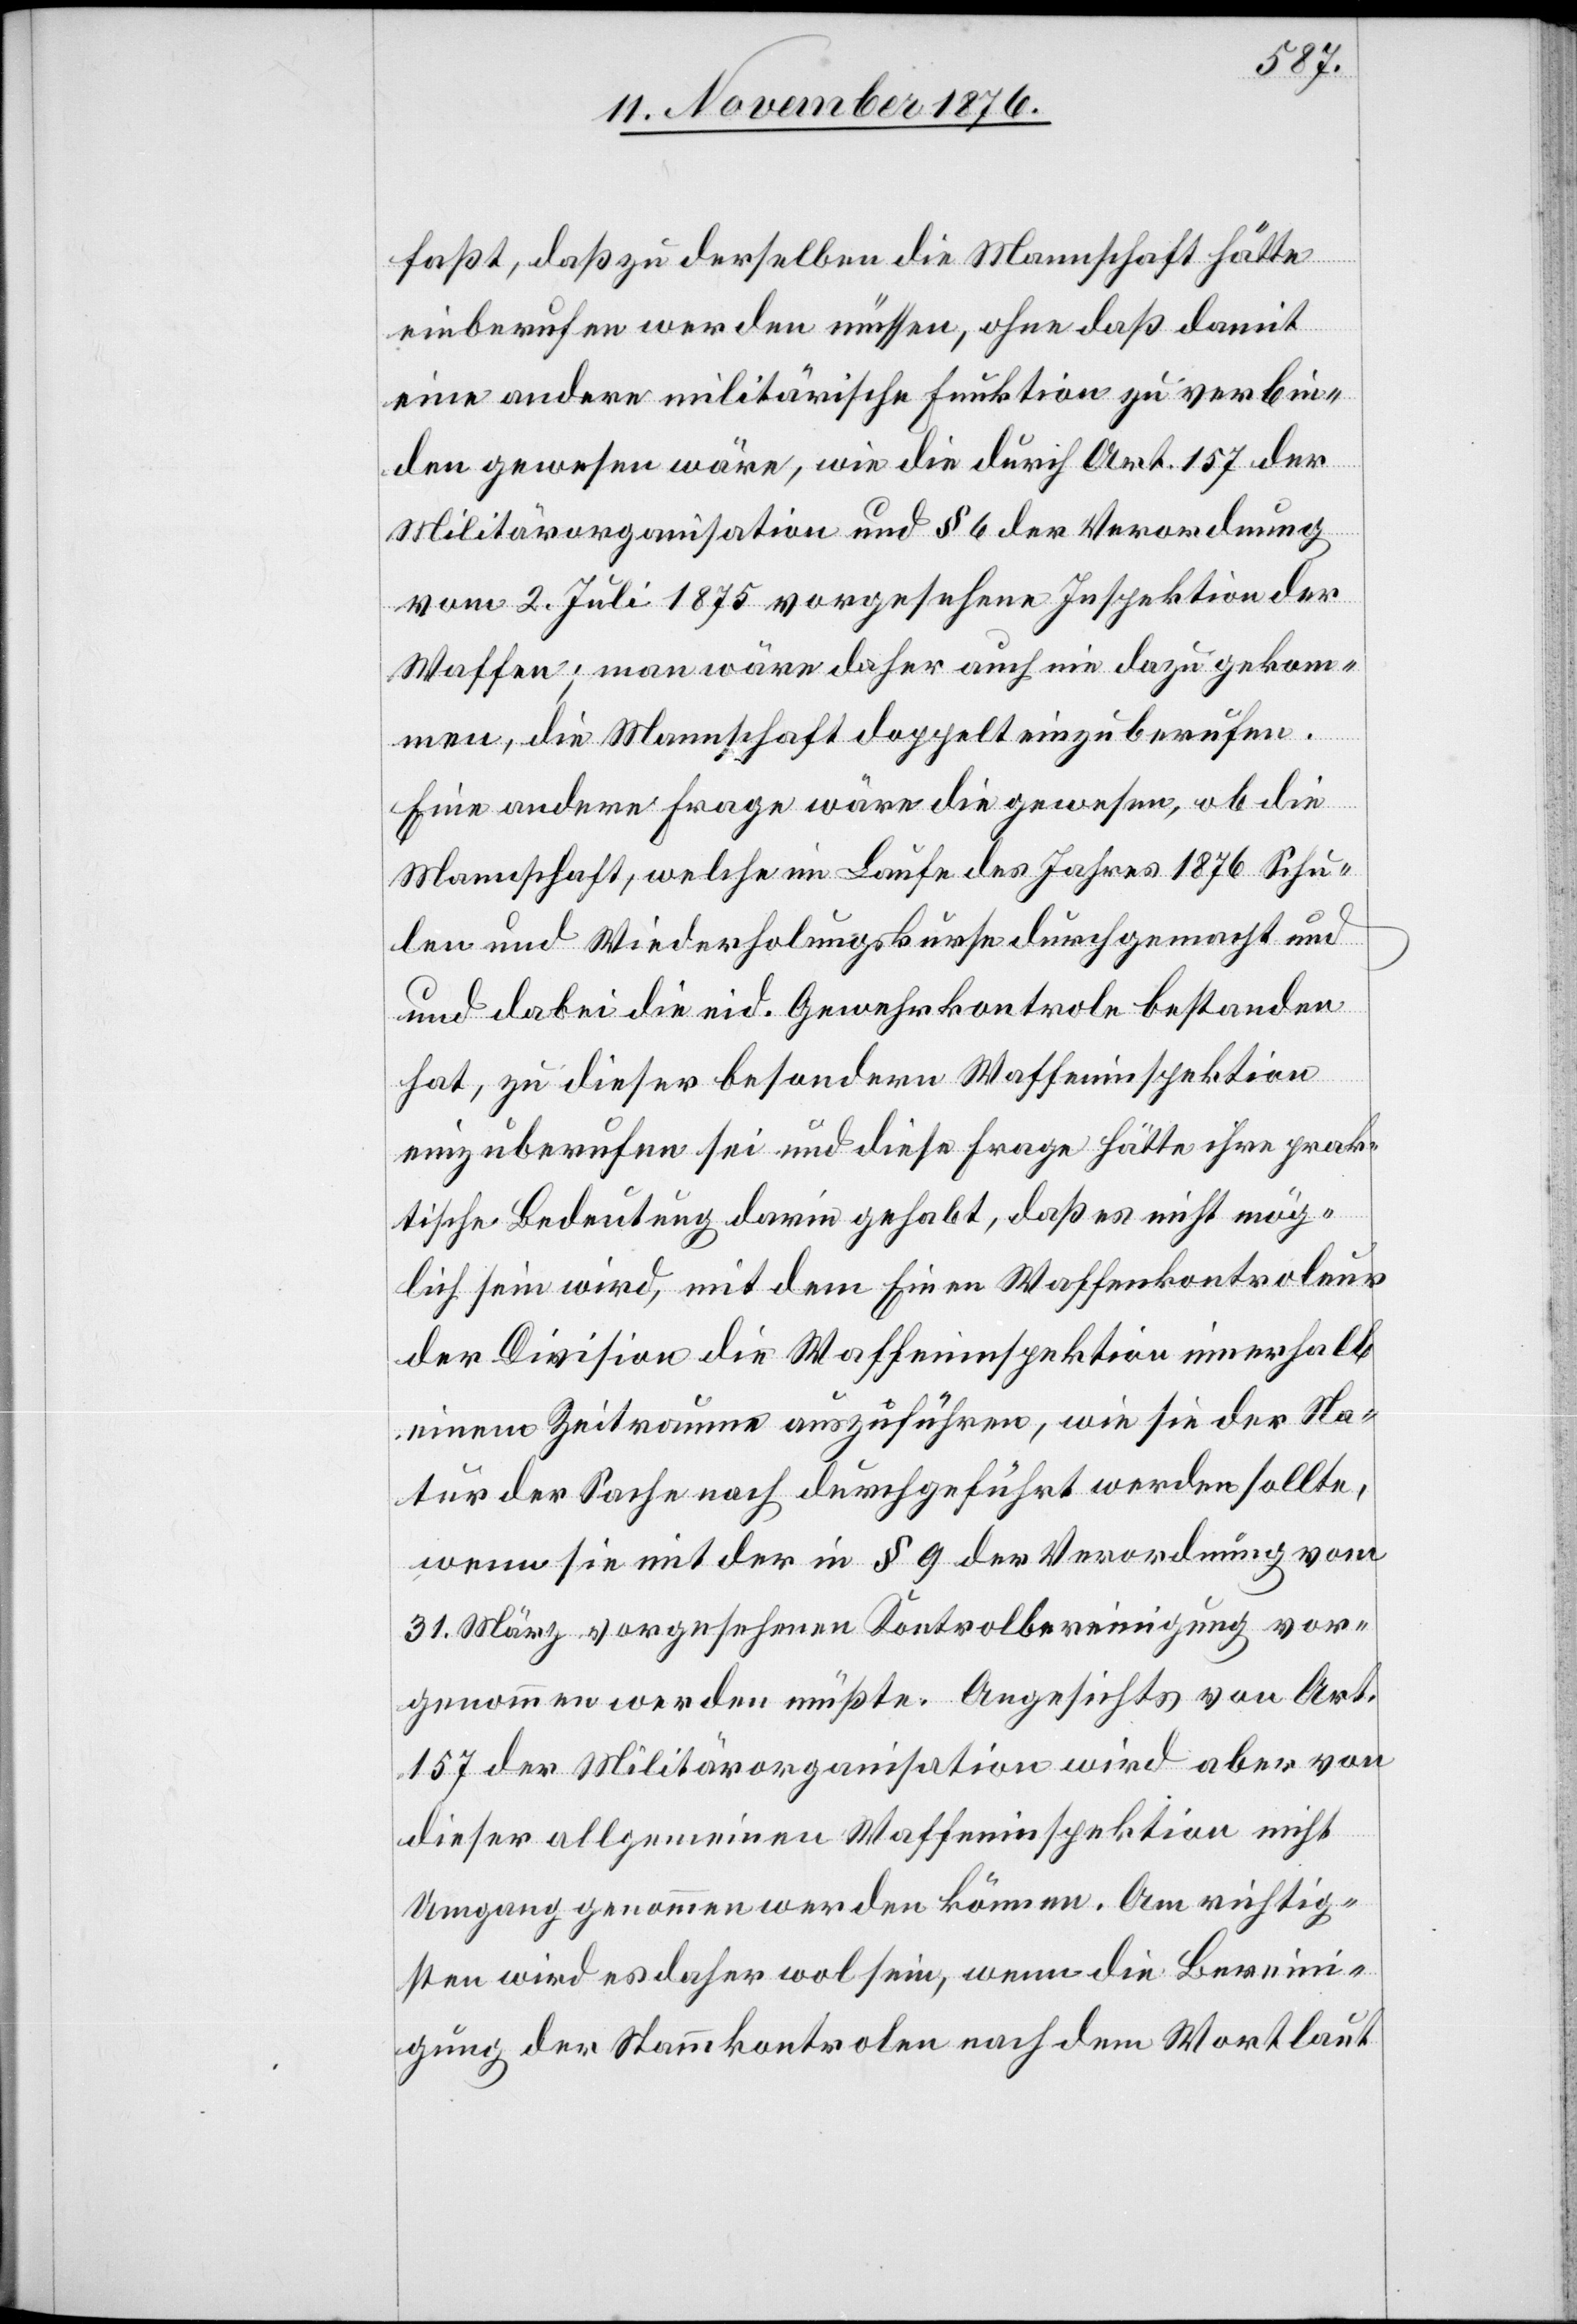
faßt, daß zu derselben die Mannschaft hätte
einberufen werden müssen, ohne daß damit
eine andere militärische Funktion zu verbin¬
den gewesen wäre, wie die durch Art. 157 der
Militärorganisation und § 6 der Verordnung
vom 2. Juli 1875 vorgesehene Inspektion der
Waffen; man wäre daher auch nie dazu gekom¬
men, die Mannschaft doppelt einzuberufen.
Eine andere Frage wäre die gewesen, ob die
Mannschaft, welche im Laufe des Jahres 1876 Schu¬
len und Wiederholungskurse durchgemacht u¬
nd dabei die eid. Gewehrkontrole bestanden
hat, zu dieser besondern Waffeninspektion
einzuberufen sei und diese Frage hätte ihre prak¬
tische Bedeutung darin gehabt, daß es nicht mög¬
lich sein wird, mit dem Einen Waffenkontroleur
der Division der Waffeninspektion innerhalb
einem Zeitraume auszuführen, wie sie der Na¬
tur der Sache nach durchgeführt werden sollte,
wenn sie mit der in § 9 der Verordnung vom
31. März vorgesehenen Kontrolbereinigung vor¬
genommen werden müßte. Angesichts von Art.
157 der Militärorganisation wird aber von
dieser allgemeinen Waffeninspektion nicht
Umgang genommen werden können. Am richtig¬
sten wird es daher wol sein, wenn die Berein¬
igung der Stammkontrolen nach dem Wortlaut